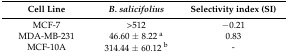
<table><thead><tr><td><b>Cell Line</b></td><td><b><i>B. salicifolius</i></b></td><td><b>Selectivity index (SI)</b></td></tr></thead><tbody><tr><td>MCF-7</td><td>&gt;512</td><td>−0.21</td></tr><tr><td>MDA-MB-231</td><td>46.60 ± 8.22 <sup>a</sup></td><td>0.83</td></tr><tr><td>MCF-10A</td><td>314.44 ± 60.12 <sup>b</sup></td><td>-</td></tr></tbody></table>